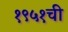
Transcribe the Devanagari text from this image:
१९५१ची